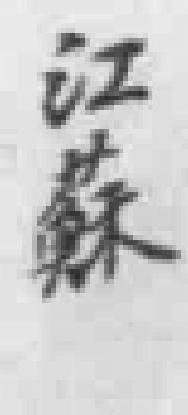
江蘇